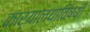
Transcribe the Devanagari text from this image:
कार्यालयाविषयी